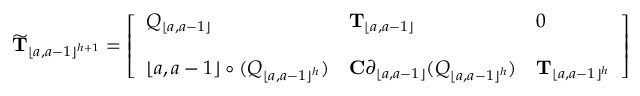
\widetilde { \mathbf { T } } _ { \lfloor a , a - 1 \rfloor ^ { h + 1 } } = \left[ \begin{array} { l l l } { Q _ { \lfloor a , a - 1 \rfloor } } & { \mathbf { T } _ { \lfloor a , a - 1 \rfloor } } & { 0 } \\ { \quad } & { \quad } \\ { \lfloor a , a - 1 \rfloor \circ ( Q _ { \lfloor a , a - 1 \rfloor ^ { h } } ) } & { \mathbf { C } \boldsymbol { \partial } _ { \lfloor a , a - 1 \rfloor } ( Q _ { \lfloor a , a - 1 \rfloor ^ { h } } ) } & { \mathbf { T } _ { \lfloor a , a - 1 \rfloor ^ { h } } } \end{array} \right]